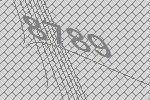
8789